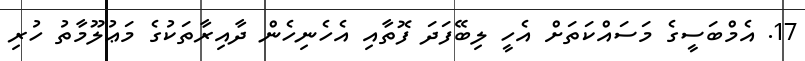
17. އެމްބަސީގެ މަސައްކަތަށް އެހީ ލިބޭފަދަ ފޮތާއި އެހެނިހެން ދާއިރާތަކުގެ މަޢުލޫމާތު ހުރި